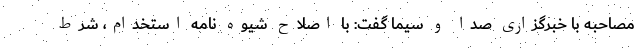
مصاحبه با خبرگزاری صدا و سیما گفت: با اصلاح شیوه نامه استخدام، شرط